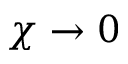
\chi \to 0